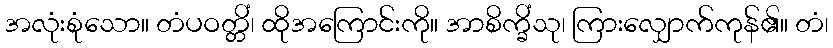
အလုံးစုံသော။ တံပဝတ္တိံ၊ ထိုအကြောင်းကို။ အာစိက္ခိံသု၊ ကြားလျှောက်ကုန်၏။ တံ၊